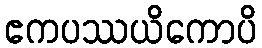
ဧကပဿယိကောပိ